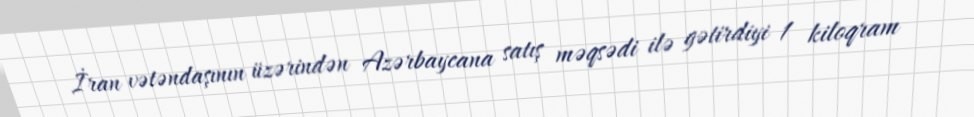
İran vətəndaşının üzərindən Azərbaycana satış məqsədi ilə gətirdiyi 1 kiloqram